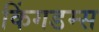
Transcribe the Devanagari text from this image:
किंगडम्स